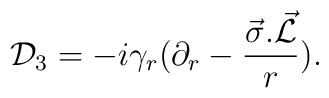
{\cal D}_{3}=- i {\gamma}_r( {\partial}_{r} - {\frac {\vec{\sigma}.\vec{\cal L}}{r}}).